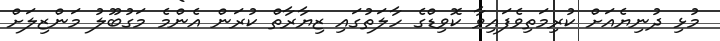
މުޅި ދުނިޔެއަށް ކުރިމަތިވެފައިވާ ކޮވިޑްގެ ހާލަތުގައި ޒިޔާރާތް ކުރަން އެންމެ މަގުބޫލު މަންޒިލަށް